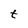
Character: t